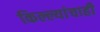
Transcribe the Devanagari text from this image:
किल्ल्यांचाही